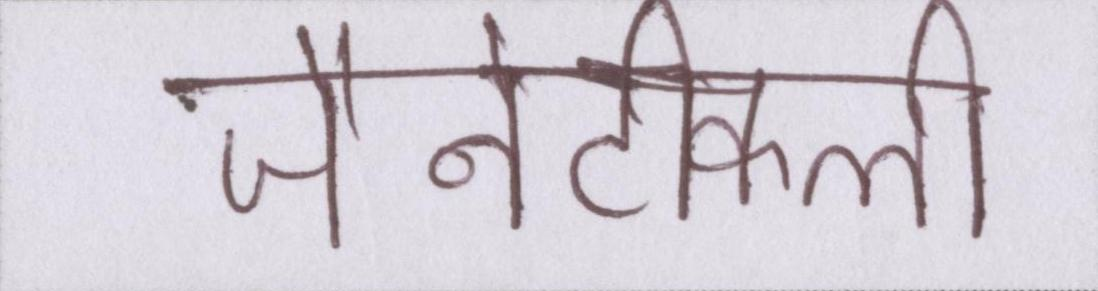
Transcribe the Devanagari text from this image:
जैनेटीकली